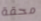
محقة